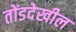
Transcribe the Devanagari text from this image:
तोंडदेखील